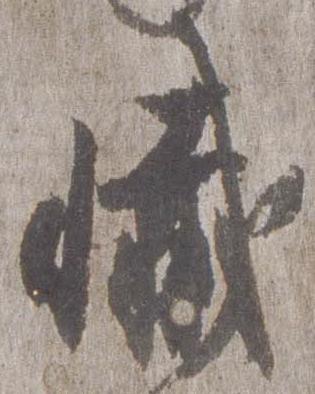
懺